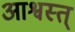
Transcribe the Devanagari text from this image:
आश्वस्त्